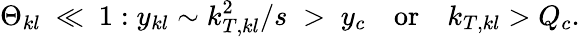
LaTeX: \Theta_{kl}\ \ll\ 1:y_{kl}\sim k_{T,kl}^{2}/s\; >\; y_{c}\quad\textrm{or}\quad k_{T,kl}>Q_{c}.